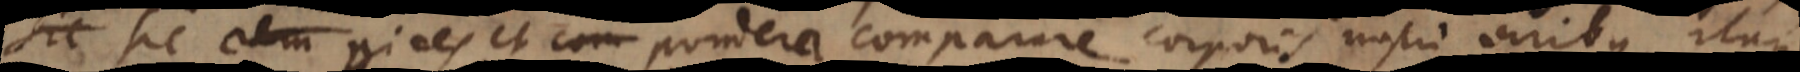
sic rem vires et pondera comparare corporis nostri viribus. Itaque